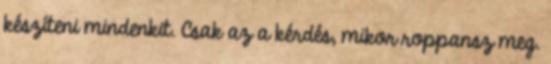
készíteni mindenkit. Csak az a kérdés, mikor roppansz meg.